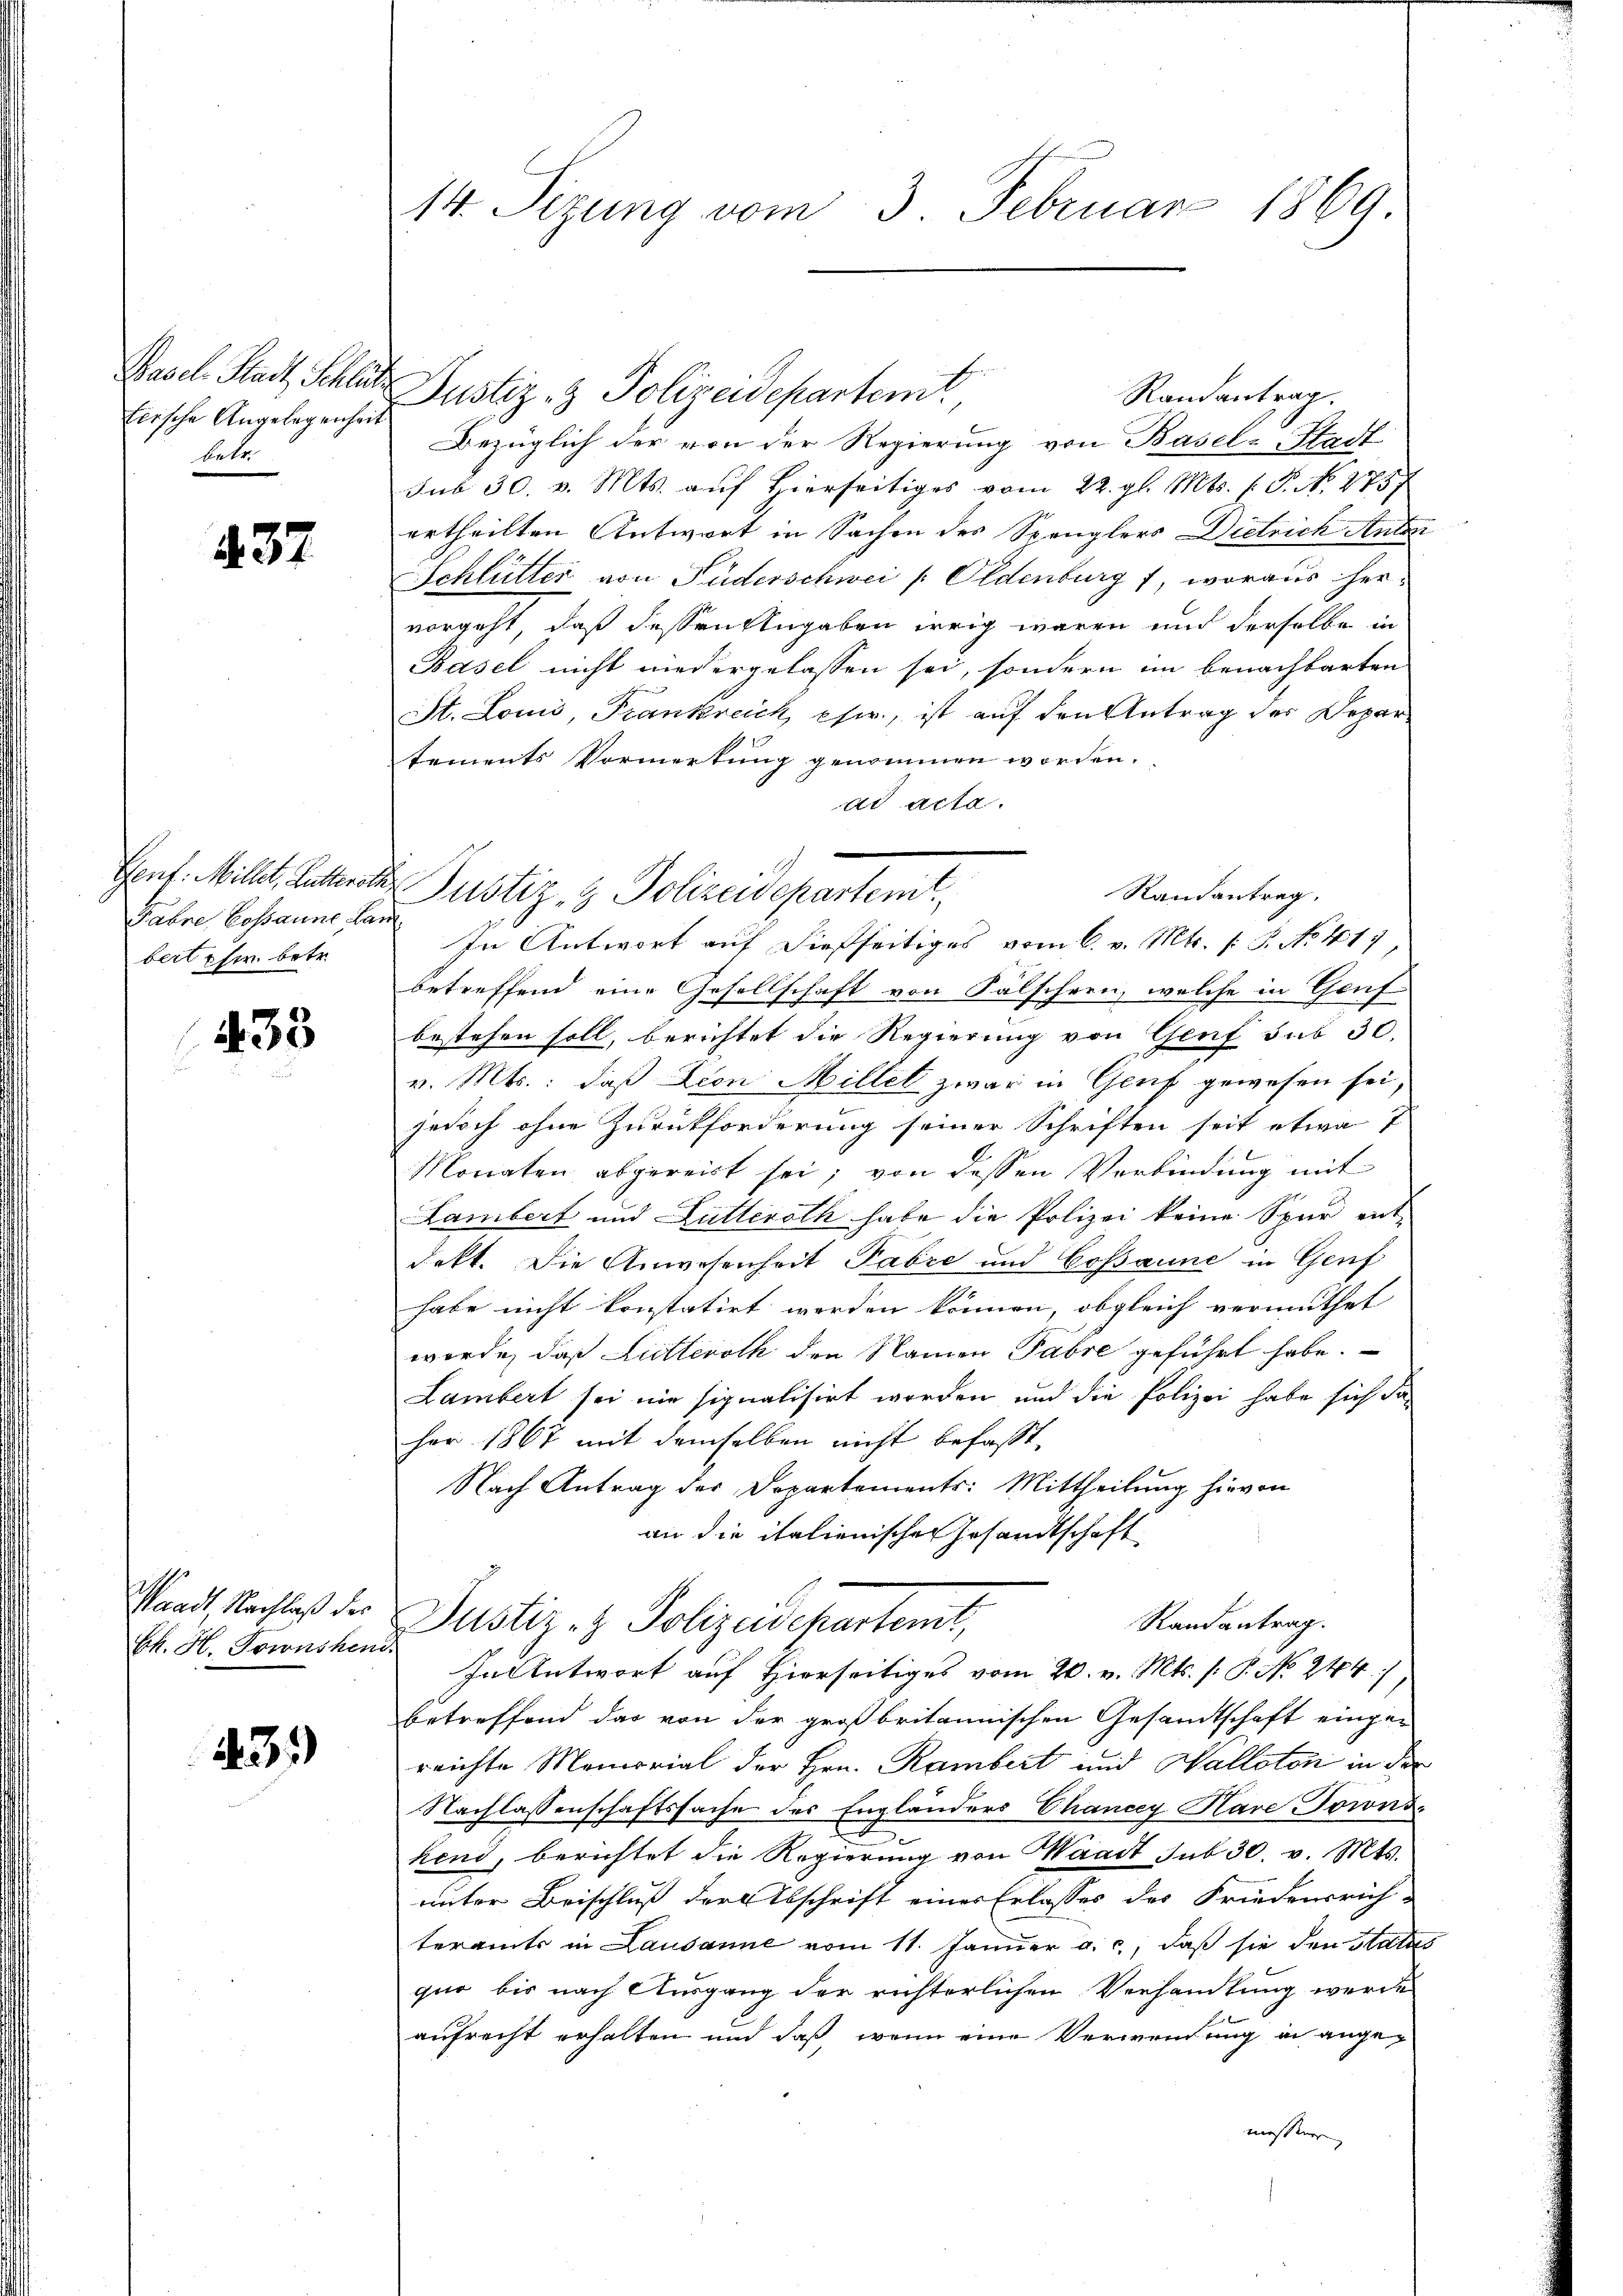
Basel Stadt Schlus
frische Angelegenheit
lebe

437

Gent: Millet, Lutteroth
Fahre Cossaune Lan
bert usw. betr.

433

Waadt, Nachlaß der
Bk. H. Townshei

431)

14. Sezung vom 3. Februar 1869

Justiz- & Polizeidepartemt,
Randantrag.
Bezüglich der von der Regierung von Basel-Stadt
sub 30. v. Mts. aŭf hierseitiges vom 22. gl. Mts. f. P. No. 1787
ertheilten Antwort in Sachen des Spenglers Dietrich Antoni
Schlütter von Fuderschwei Eldenburg 1, woraus her-
vorgeht, daß dessen Angaben irrig waren und derselbe in
Basel nicht niedergelassen sei, sondern im benachbarten
St. Louis, Frankreich eher, ist auf den Antrag der Departements Vormerkung genommen worden.
ad acta.
In Antwort auf dießseitiges vom 6. v. Mts. (T. No 117
betreffend eine Gesellschaft von Fälschren, welche in Gruf
bestehen soll, berichtet die Regierung von Genf sub 30.
v. Mts.: daß Lion Millel zwar in Genf gewesen sei,
jedoch ohne Zurückforderung seiner Schriften seit etwa 7
Monaten abgereist sei, von dessen Verbindung mit
Lambert und Futteroth habe die Polizei keine Spur entdekt. Die Anwesenheit Pabre und Cosaune in Genf
habe nicht konstatirt werden können, obgleich vermuthet
werde, daß Lutteroth den Namen Fabre geführt habe.
Lambert sei nie signalisirt worden und die Polizei habe sich das
her 1867 mit demselben nicht befasst,
Nach Antrag der Departements: Mittheilung hievon
an die italienischen Gesandtschaft
Randantrag.
Justiz- & Polizeidepartenit,
In Antwort auf Hierseitiges vom 20. v. Mts. s P. No 244.
betreffend das von der großbritannischen Gesandtschaft eingereichte Memorial der Hrn. Rambert und Walloton in der
Nachlassenschaftssache des Engländers Chancey Hare Torons¬
1
kend, berichtet die Regierung von Waadt sub 30. v. Mts.
uinter Beischluß der Abschrift eines Erlasses der Friedensrich-
teramts in Lausanne vom 11. Jänner a. c., daß sie den Status
quo bis nach Ausgang der richterlichen Verhandlung werde
aufrecht erhalten und daß wenn eine Verwendung in angemessener

Randantrag.
Justiz- & Polizeidepartemt